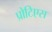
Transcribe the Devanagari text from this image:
प्रोटिएस